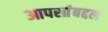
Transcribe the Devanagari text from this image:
आपसांबद्दल